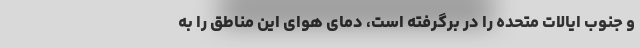
و جنوب ایالات متحده را در برگرفته است، دمای هوای این مناطق را به